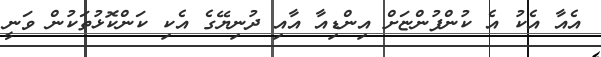
އެއާ އެކު އެ ކުންފުންޏަށް އިންޑިއާ އާއި ދުނިޔޭގެ އެކި ކަންކޮޅުތަކުން ވަނީ